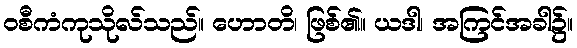
ဝစီကံကုသိုလ်သည်။ ဟောတိ၊ ဖြစ်၏။ ယဒါ၊ အကြင်အခါ၌။